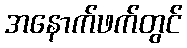
အနောက်ဖက်တွင်